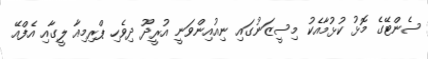
ސެންޓޭގެ މޮޅު ކުޅުމާއެކު މިސީޒަނުގައި ނިއުއިންވަނީ އުރީދޫ ދިވެހި ޕްރިމިއާ ލީގާއި އެފްއޭ